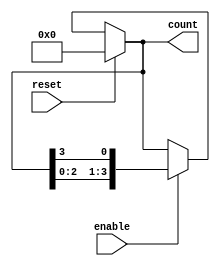
module async_ring_counter #(
    parameter N = 4  // Number of flip-flops (N must be a power of 2)
)(
    input wire reset,      // Asynchronous reset signal
    input wire enable,     // Enable signal to allow counting
    output reg [N-1:0] count // Output state of the ring counter
);

// Internal signal for the next state
reg [N-1:0] next_count;

// Initial state
initial begin
    count = 1'b1; // Start with the least significant bit set to '1'
end

// Asynchronous reset and counting logic
always @(*) begin
    if (reset) begin
        next_count = {N{1'b0}}; // Reset all flip-flops to '0'
    end else if (enable) begin
        next_count = {count[N-2:0], count[N-1]}; // Shift left and wrap around
    end else begin
        next_count = count; // Hold current state if not enabled
    end
end

// Update the count on any change in the next_count
always @(next_count) begin
    count <= next_count;
end

endmodule